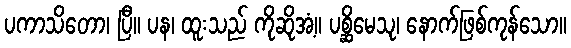
ပကာသိတော၊ ပြီ။ ပန၊ ထူးသည် ကိုဆိုအံ့။ ပစ္ဆိမေသု၊ နောက်ဖြစ်ကုန်သော။